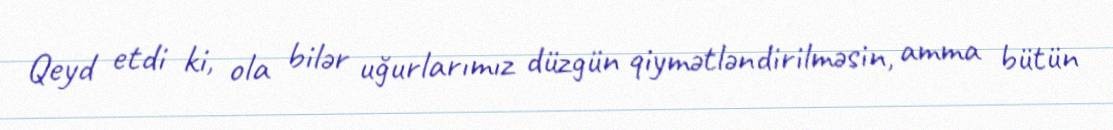
Qeyd etdi ki, ola bilər uğurlarımız düzgün qiymətləndirilməsin, amma bütün